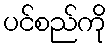
ပင်စည်ကို